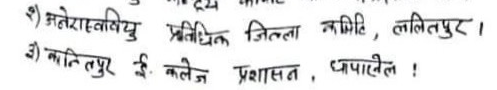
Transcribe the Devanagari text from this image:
१) अनेरास्ववियु प्रतिधित जिल्ला कमिटि, ललितपुर ।
३) कान्तिपुर ई. कलेज प्रशासन, धापाखेल !